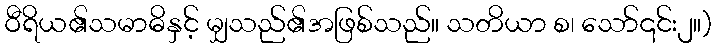
ဝီရိယ၏သမာဓိနှင့် မျှသည်၏အဖြစ်သည်။ သတိယာ စ၊ သော်၎င်း၂။)